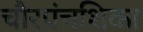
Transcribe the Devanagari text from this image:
चौरपंचशिका